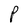
Character: P